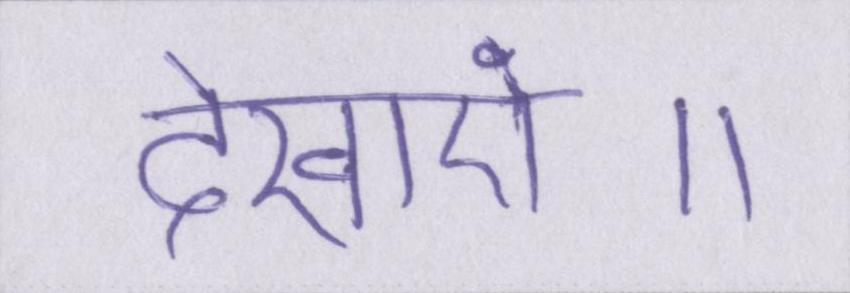
देखाएं॥